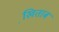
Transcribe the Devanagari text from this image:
खि़ताब